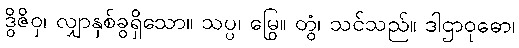
ဒွိဇိဝှ၊ လျှာနှစ်ခွရှိသော။ သပ္ပ၊ မြွေ။ တွံ၊ သင်သည်။ ဒါဌာဝုဓော၊